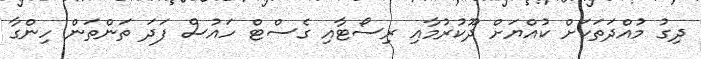
ދިގު މުއްދަތަކަށް ކުއްޔަށް ދޫކުރުމާއި ރިސޯޓާއި ގެސްޓް ހައުސް ފަދަ ތަންތަން ހިންގާ